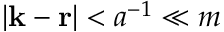
| { \bf k } - { \bf r } | < a ^ { - 1 } \ll m